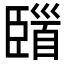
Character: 𩠞